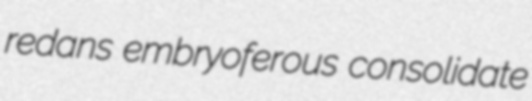
redans embryoferous consolidate